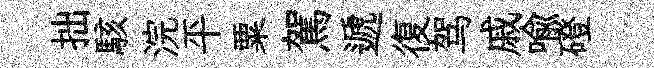
拙駭浣平粟駕遞復驾戚喩磴